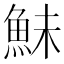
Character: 鮇